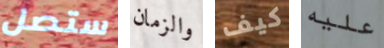
ستصل والزمان كيف عليه